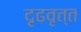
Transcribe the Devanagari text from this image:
दृढवृत्त